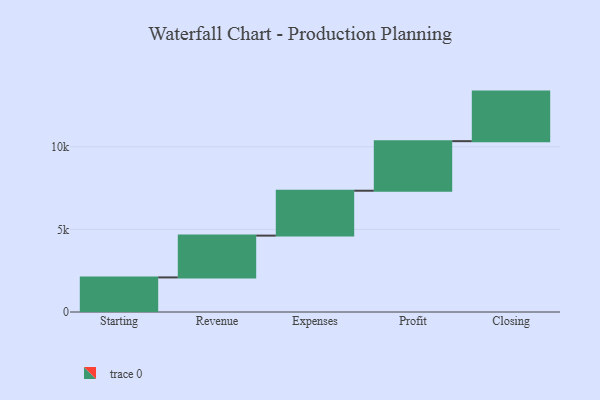
{"axis": {"x": "Step", "y": "Value"}, "legend": [""], "data": [{"x": "Starting", "y": 2094.0, "type": ""}, {"x": "Revenue", "y": 2530.0, "type": ""}, {"x": "Expenses", "y": 2718.0, "type": ""}, {"x": "Profit", "y": 3000, "type": ""}, {"x": "Closing", "y": 3000, "type": ""}]}